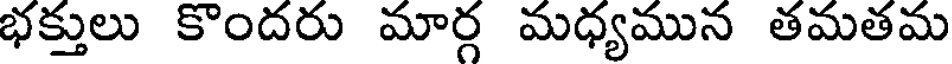
భక్తులు కొందరు మార్గ మధ్యమున తమతమ